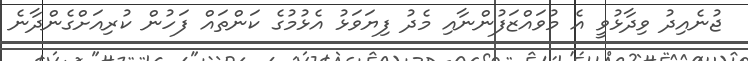
ޖުނެއިދު ވިދާޅުވީ އެ މުވައްޒަފުންނާއި މެދު ފިޔަވަޅު އެޅުމުގެ ކަންތައް ފަހުން ކުރިއަށްގެންދާނެ